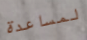
لمساعدة